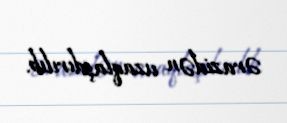
ərazidən uzaqlaşdırılıb.